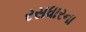
રસધારના